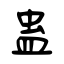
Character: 蛊